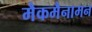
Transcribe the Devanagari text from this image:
मैकमैनामन